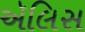
ઍલિસ